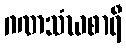
ဂဏသံဃစာရီ